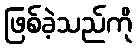
ဖြစ်ခဲ့သည်ကို